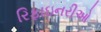
રિફાઇનરીઓ